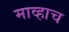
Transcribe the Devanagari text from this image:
माव्हाच